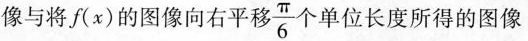
像与将(x)的图像向右平移 $$\frac{\pi}{6}$$ 个单位长度所得的图像